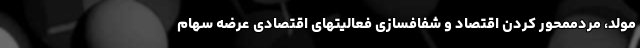
مولد، مردممحور کردن اقتصاد و شفافسازی فعالیتهای اقتصادی عرضه سهام